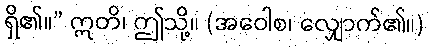
ရှိ၏။” ဣတိ၊ ဤသို့။ (အဝေါစ၊ လျှောက်၏။)